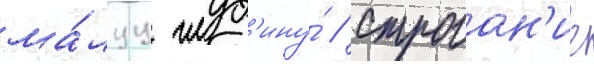
ма́луу глуб'ину́ // Строган'ие